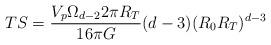
LaTeX: \begin{align*}T S = \frac{V_p \Omega_{d-2} 2\pi R_T}{16\pi G} (d-3) (R_0 R_T)^{d-3}\end{align*}